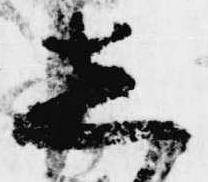
し